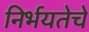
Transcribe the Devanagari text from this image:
निर्भयतेचे